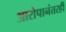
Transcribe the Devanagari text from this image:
आरोपानंतरही